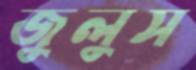
জুলুস